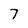
Character: 7